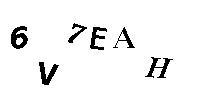
6V7EAH